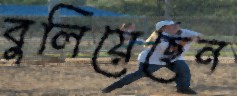
বুলিয়েছেন